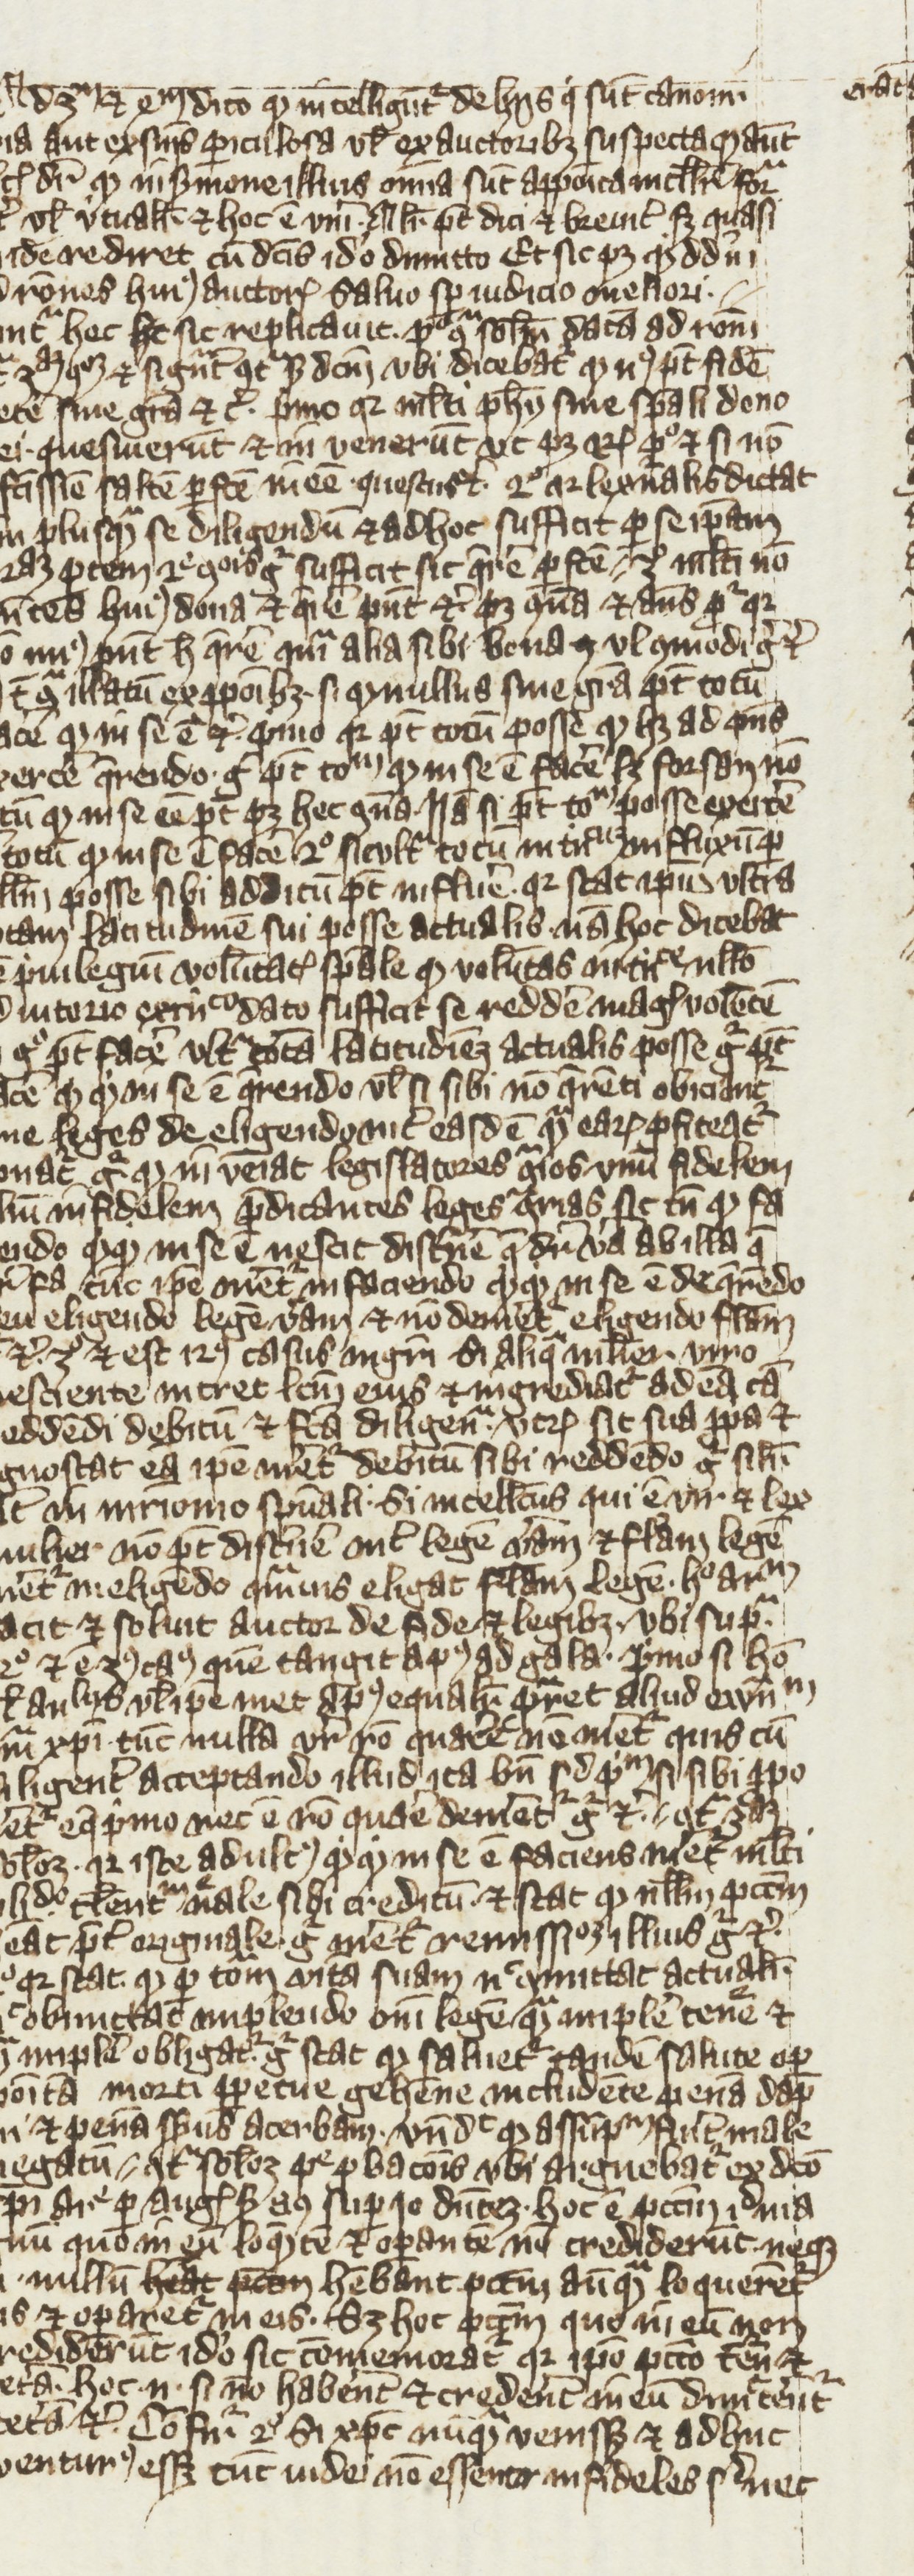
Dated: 1270–1399